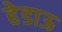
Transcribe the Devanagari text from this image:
हेडाऊ